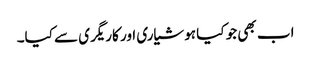
اب بھی جو کیا ہوشیاری اور کاریگری سے کیا۔